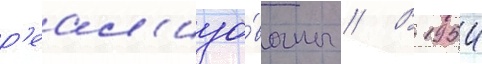
р'еал'изо́ваны // В 1954